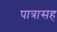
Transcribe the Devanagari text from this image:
पात्रासह